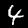
Label: 4